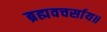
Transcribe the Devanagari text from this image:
ब्रह्मवचर्साय॥